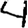
Digit: 4